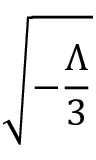
\sqrt { - \frac { \Lambda } { 3 } }